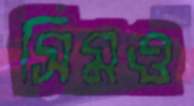
সিমও